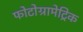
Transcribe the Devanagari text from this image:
फोटोग्रामेट्रिक